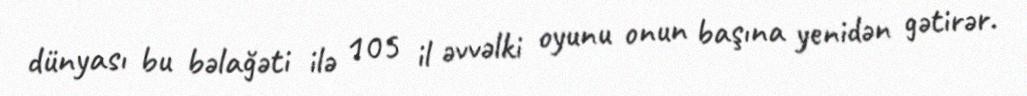
dünyası bu bəlağəti ilə 105 il əvvəlki oyunu onun başına yenidən gətirər.